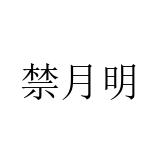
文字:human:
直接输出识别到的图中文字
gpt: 禁月明